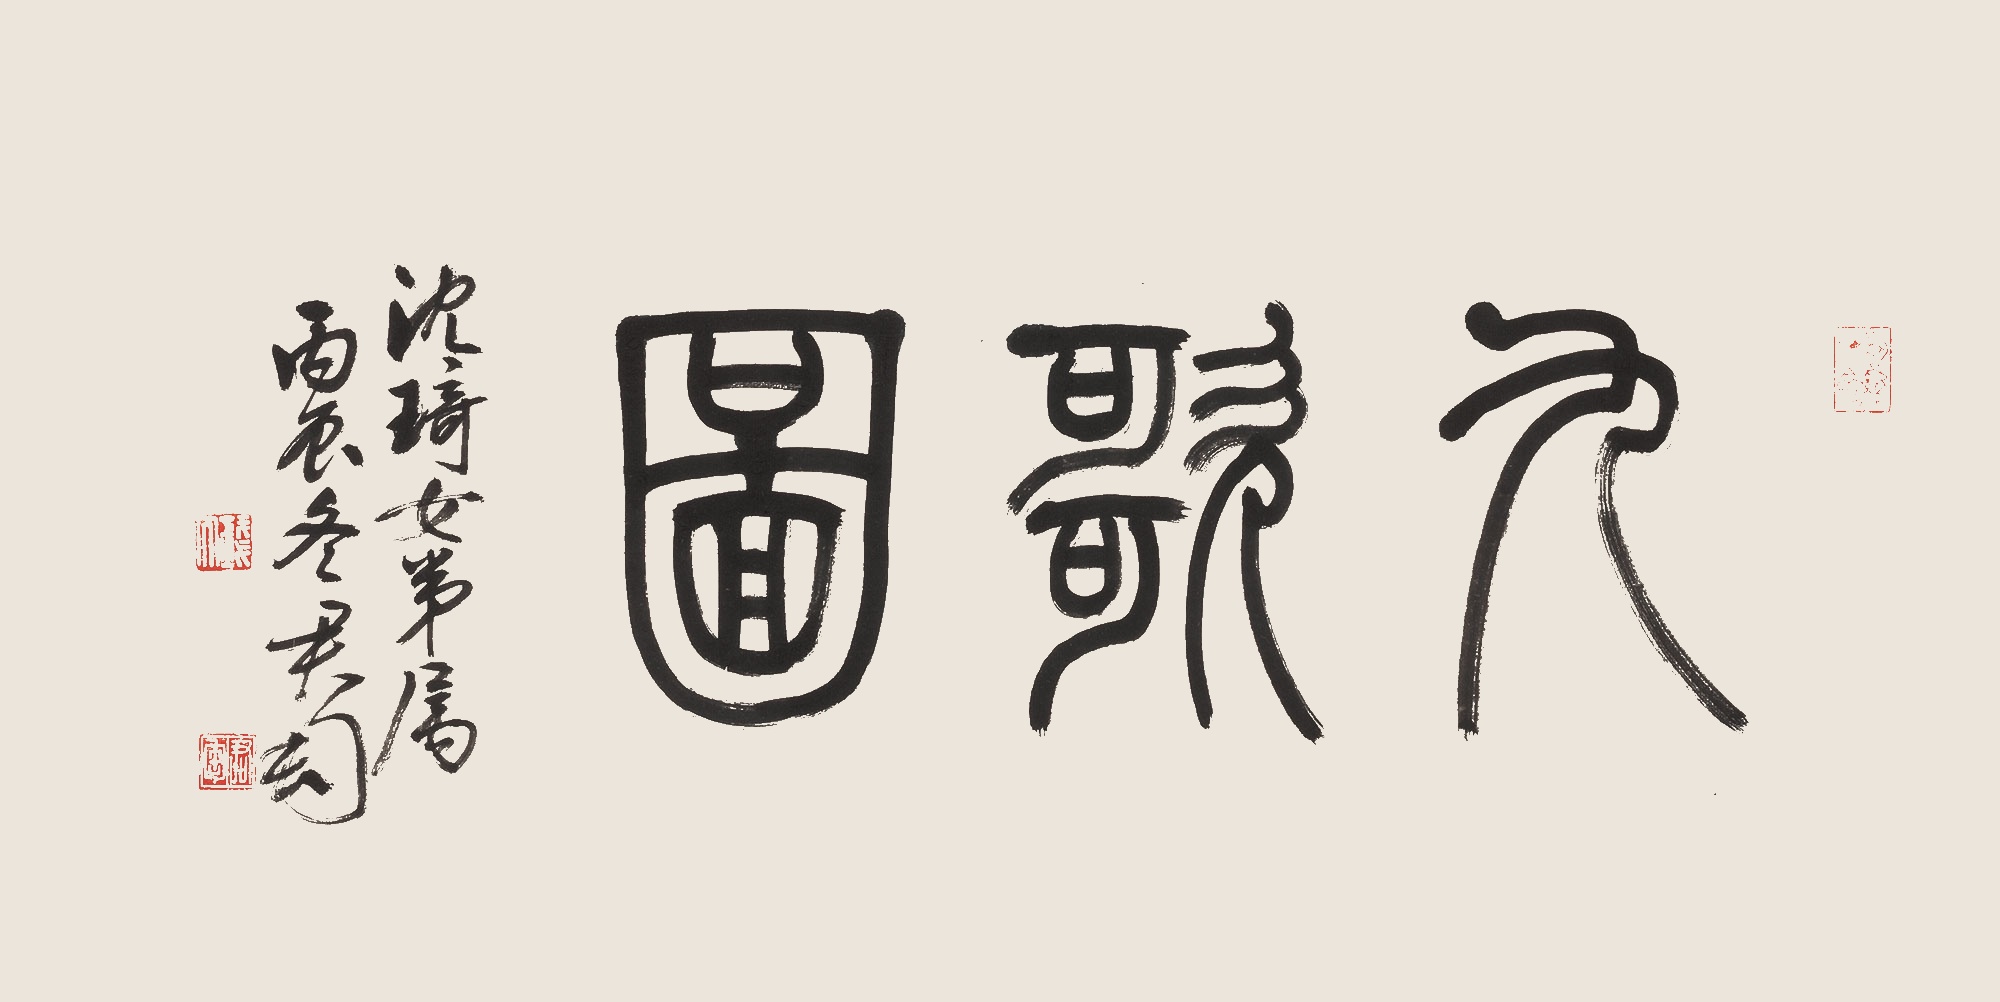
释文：九歌图沈琦女弟属。丙辰冬，君匋。